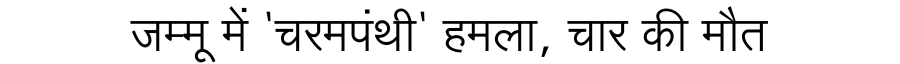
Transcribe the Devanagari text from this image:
जम्मू में 'चरमपंथी' हमला, चार की मौत